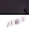
أنهار